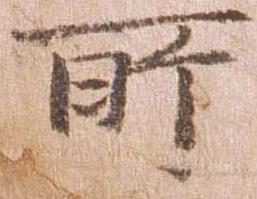
所